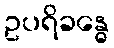
ဥပရိခန္ဓေ